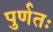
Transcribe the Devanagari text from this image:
पुर्णतः